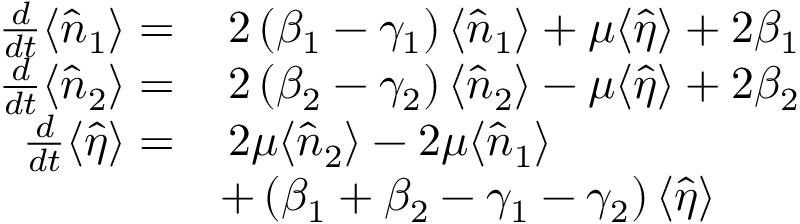
\begin{array} { r l } { \frac { d } { d t } \langle \hat { n } _ { 1 } \rangle = } & { \, 2 \left( \beta _ { 1 } - \gamma _ { 1 } \right) \langle \hat { n } _ { 1 } \rangle + \mu \langle \hat { \eta } \rangle + 2 \beta _ { 1 } } \\ { \frac { d } { d t } \langle \hat { n } _ { 2 } \rangle = } & { \, 2 \left( \beta _ { 2 } - \gamma _ { 2 } \right) \langle \hat { n } _ { 2 } \rangle - \mu \langle \hat { \eta } \rangle + 2 \beta _ { 2 } } \\ { \frac { d } { d t } \langle \hat { \eta } \rangle = } & { \, 2 \mu \langle \hat { n } _ { 2 } \rangle - 2 \mu \langle \hat { n } _ { 1 } \rangle } \\ & { + \left( \beta _ { 1 } + \beta _ { 2 } - \gamma _ { 1 } - \gamma _ { 2 } \right) \langle \hat { \eta } \rangle } \end{array}